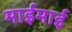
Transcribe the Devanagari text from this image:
माईमाई